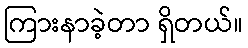
ကြားနာခဲ့တာ ရှိတယ်။